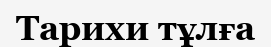
Тарихи тұлға